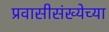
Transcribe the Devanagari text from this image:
प्रवासीसंख्येच्या